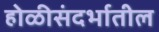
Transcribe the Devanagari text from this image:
होळीसंदर्भातील